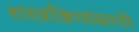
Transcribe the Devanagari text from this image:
शस्त्रक्रियांसाठी